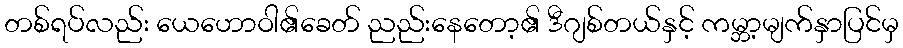
တစ်ရပ်လည်း ယေဟောဝါ၏ခေတ် ညည်းနေတော့၏ ဒီဂျစ်တယ်နှင့် ကမ္ဘာ့မျက်နှာပြင်မှ